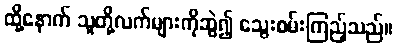
ထို့နောက် သူတို့လက်များကိုဆွဲ၍ သွေးစမ်းကြည့်သည်။